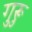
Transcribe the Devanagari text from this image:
गुरूु